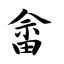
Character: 畲